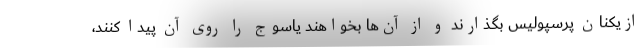
ازیکنان پرسپولیس بگذارند و از آن‌ها بخواهند یاسوج را روی آن پیدا کنند،